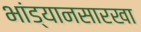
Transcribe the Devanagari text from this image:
भांड्यानसारखा